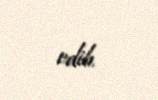
edib.